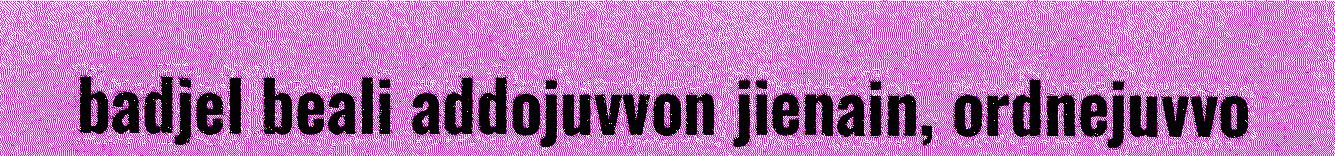
badjel beali addojuvvon jienain, ordnejuvvo